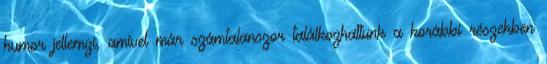
humor jellemzi, amivel már számtalanszor találkozhattunk a korábbi részekben